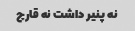
نه پنیر داشت نه قارچ